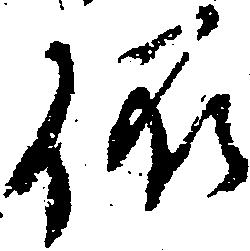
依